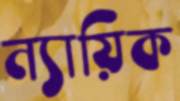
ন্যায়িক